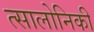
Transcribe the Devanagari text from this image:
त्सालोनिकी